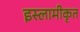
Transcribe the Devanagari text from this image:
इस्लामीकृत